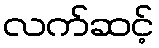
လက်ဆင့်